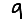
Digit: 9